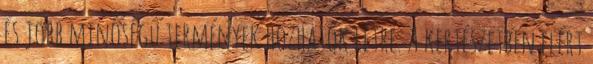
és jobb minőségű termények hozhatók létre. A kertészetben elért